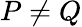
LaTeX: P\neq Q